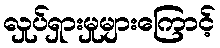
လှုပ်ရှားမှုများကြောင့်